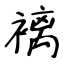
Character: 褵